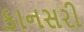
કાનસરી